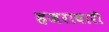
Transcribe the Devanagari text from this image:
हजरावारी